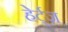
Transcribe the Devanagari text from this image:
हेर्ट्ज़